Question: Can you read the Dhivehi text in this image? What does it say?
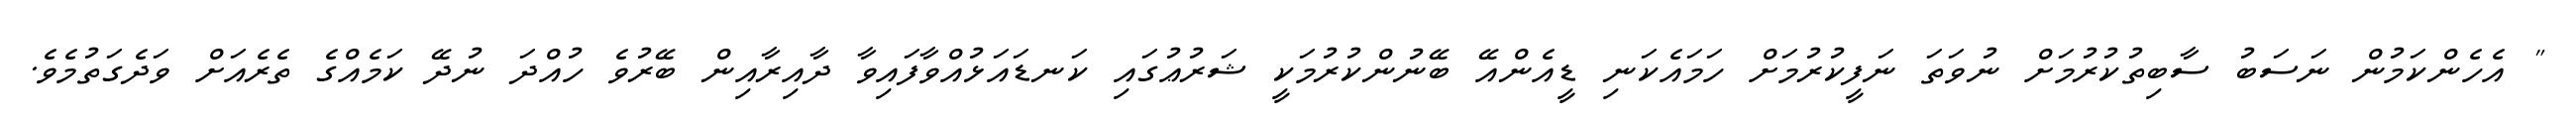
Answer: " އެހެންކަމުން ނަސަބު ސާބިތުކުރުމަށް ނުވަތަ ނަފީކުރުމަށް ހަމައެކަނި ޑީއެންއޭ ބޭނުންކުރުމަކީ ޝަރުޢުގައި ކަނޑައަޅުއްވާފައިވާ ދާއިރާއިން ބޭރުވެ ހުއްދަ ނުދޭ ކަމެއްގެ ތެރެއަށް ވަދެގަތުމެވެ.